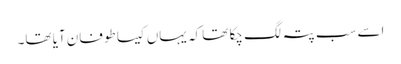
اسے سب پتہ لگ چکا تھا کہ یہاں کیسا طوفان آیا تھا۔